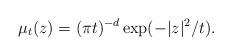
LaTeX: \begin{align*}\mu_{t}(z)=(\pi t)^{-d}\exp(-|z|^{2}/t).\end{align*}